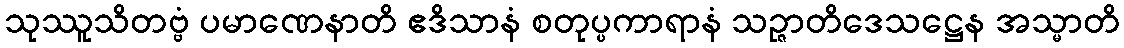
သုဿူသိတဗ္ဗံ ပမာဏေနာတိ ဧဒိသာနံ စတုပ္ပကာရာနံ သဉ္ဇာတိဒေသဋ္ဌေန အသ္မာတိ